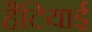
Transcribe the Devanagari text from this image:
हैटियाई